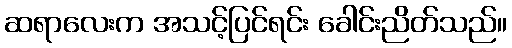
ဆရာလေးက အသင့်ပြင်ရင်း ခေါင်းညိတ်သည်။